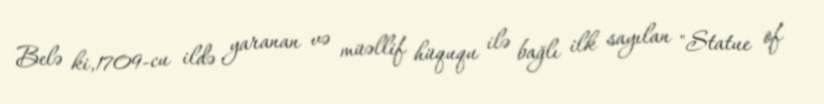
Belə ki,1709-cu ildə yaranan və müəllif hüququ ilə bağlı ilk sayılan "Statue of